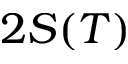
2 S ( T )